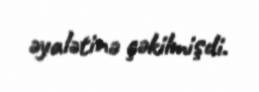
əyalətinə çəkilmişdi.